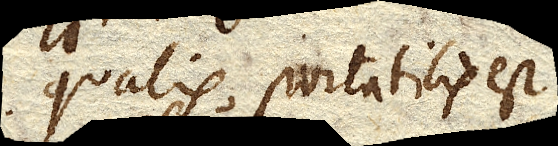
qualis portabilis est,